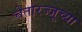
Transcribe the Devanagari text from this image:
चेतारज्जूच्या